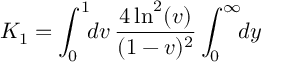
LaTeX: { \cal K } _ { 1 } = \int _ { 0 } ^ { 1 } \! \! d v \, { \frac { 4 \ln ^ { 2 } ( v ) } { ( 1 - v ) ^ { 2 } } } \int _ { 0 } ^ { \infty } \! \! d y